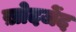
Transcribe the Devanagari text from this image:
ख़ोदजेंद